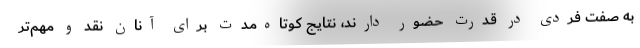
به صفت فردی در قدرت حضور دارند، نتایج کوتاه‌مدت برای آنان نقد و مهم‌تر